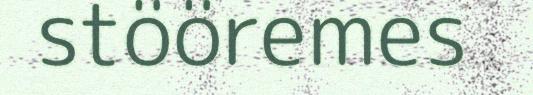
stööremes